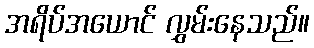
အရိပ်အယောင် လွှမ်းနေသည်။